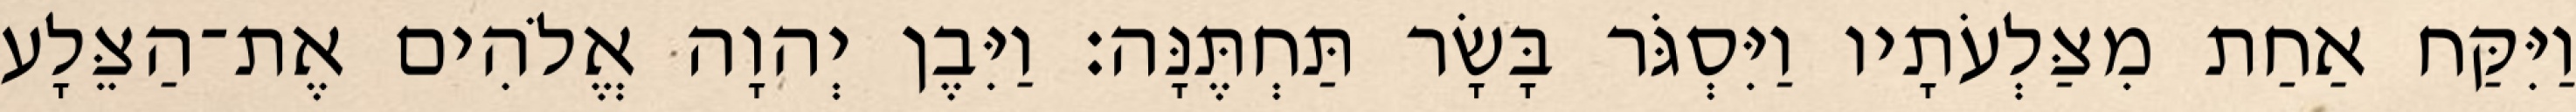
וַיִּקַּח אַחַת מִצַּלְעֹתָיו וַיִּסְגֹּר בָּשָׂר תַּחְתֶּנָּה׃ וַיִּבֶן יְהוָה אֱלֹהִים אֶת־הַצֵּלָע